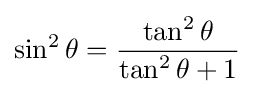
\sin ^{2}\theta ={\frac {\tan ^{2}\theta }{\tan ^{2}\theta +1}}